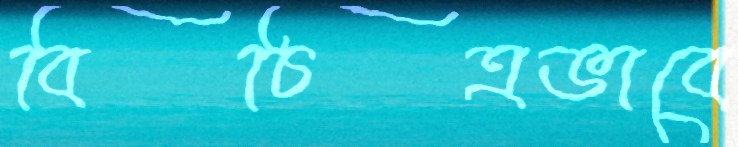
বিচিত্রভাবে